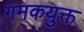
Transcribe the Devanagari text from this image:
गमकयुक्त